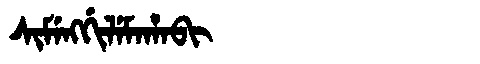
Manchu: ᠰᡳᠮᡝᠩᡤᡳᠯᡝᠮᠠᡥᠠᠪᡳ
Romanization: SIMENGGILEMAHABI